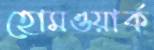
হোমওয়ার্ক